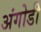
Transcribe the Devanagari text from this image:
अंगोडी